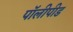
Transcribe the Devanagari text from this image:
पॉलीपीड